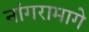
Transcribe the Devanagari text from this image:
नांगरामागे